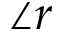
\angle r